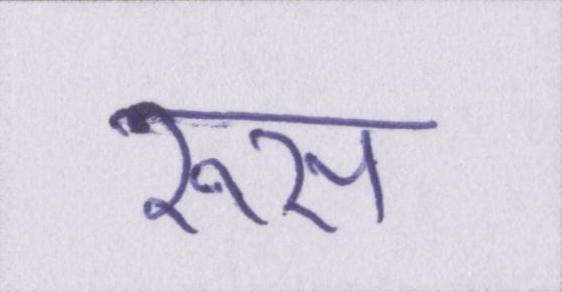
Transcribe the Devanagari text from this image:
रूस